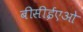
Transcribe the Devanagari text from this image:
बीसीईएओ